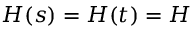
H ( s ) = H ( t ) = H